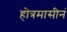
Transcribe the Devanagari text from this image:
होत्रमासीनं